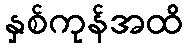
နှစ်ကုန်အထိ